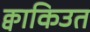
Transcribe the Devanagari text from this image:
क्वाकिउत